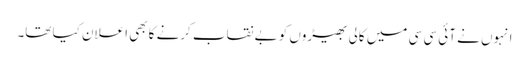
انہوں نے آئی سی سی میں کالی بھیڑوں کو بے نقاب کرنے کا بھی اعلان کیا تھا۔